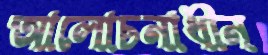
আলোচনাধীন